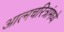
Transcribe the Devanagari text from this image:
आत्मचरित्रांमध्ये